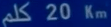
كلم20كم